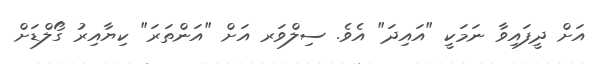
އަށް ދީފައިވާ ނަމަކީ "އައިދަ" އެވެ. ސިލްވަރ އަށް "އަންތަރަ" ކިޔާއިރު ގޯލްޑަށް